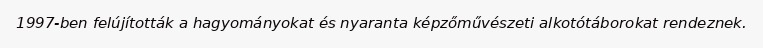
1997-ben felújították a hagyományokat és nyaranta képzőművészeti alkotótáborokat rendeznek.